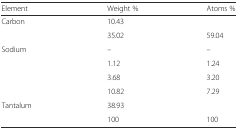
<table><thead><tr><td><b>Element</b></td><td><b>Weight %</b></td><td><b>Atoms %</b></td></tr></thead><tbody><tr><td>Carbon</td><td>10.43</td><td>[EMPTY_CELL]</td></tr><tr><td>[EMPTY_CELL]</td><td>35.02</td><td>59.04</td></tr><tr><td>Sodium</td><td>–</td><td>–</td></tr><tr><td>[EMPTY_CELL]</td><td>1.12</td><td>1.24</td></tr><tr><td>[EMPTY_CELL]</td><td>3.68</td><td>3.20</td></tr><tr><td>[EMPTY_CELL]</td><td>10.82</td><td>7.29</td></tr><tr><td>Tantalum</td><td>38.93</td><td>[EMPTY_CELL]</td></tr><tr><td>[EMPTY_CELL]</td><td>100</td><td>100</td></tr></tbody></table>